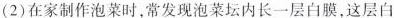
(2)在家制作泡菜时，常发现泡菜坛内长一层白膜，这层白